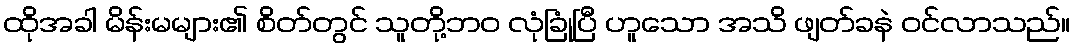
ထိုအခါ မိန်းမများ၏ စိတ်တွင် သူတို့ဘဝ လုံခြုံပြီ ဟူသော အသိ ဖျတ်ခနဲ ဝင်လာသည်။